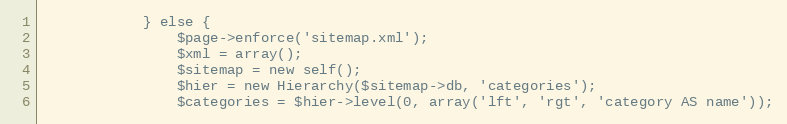
Language: PHP
            } else {
                $page->enforce('sitemap.xml');
                $xml = array();
                $sitemap = new self();
                $hier = new Hierarchy($sitemap->db, 'categories');
                $categories = $hier->level(0, array('lft', 'rgt', 'category AS name'));